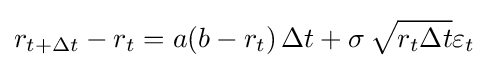
r_{t+\Delta t}-r_{t}=a(b-r_{t})\,\Delta t+\sigma \,{\sqrt {r_{t}\Delta t}}\varepsilon _{t}